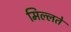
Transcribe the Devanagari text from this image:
मिल्लते